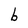
Character: b